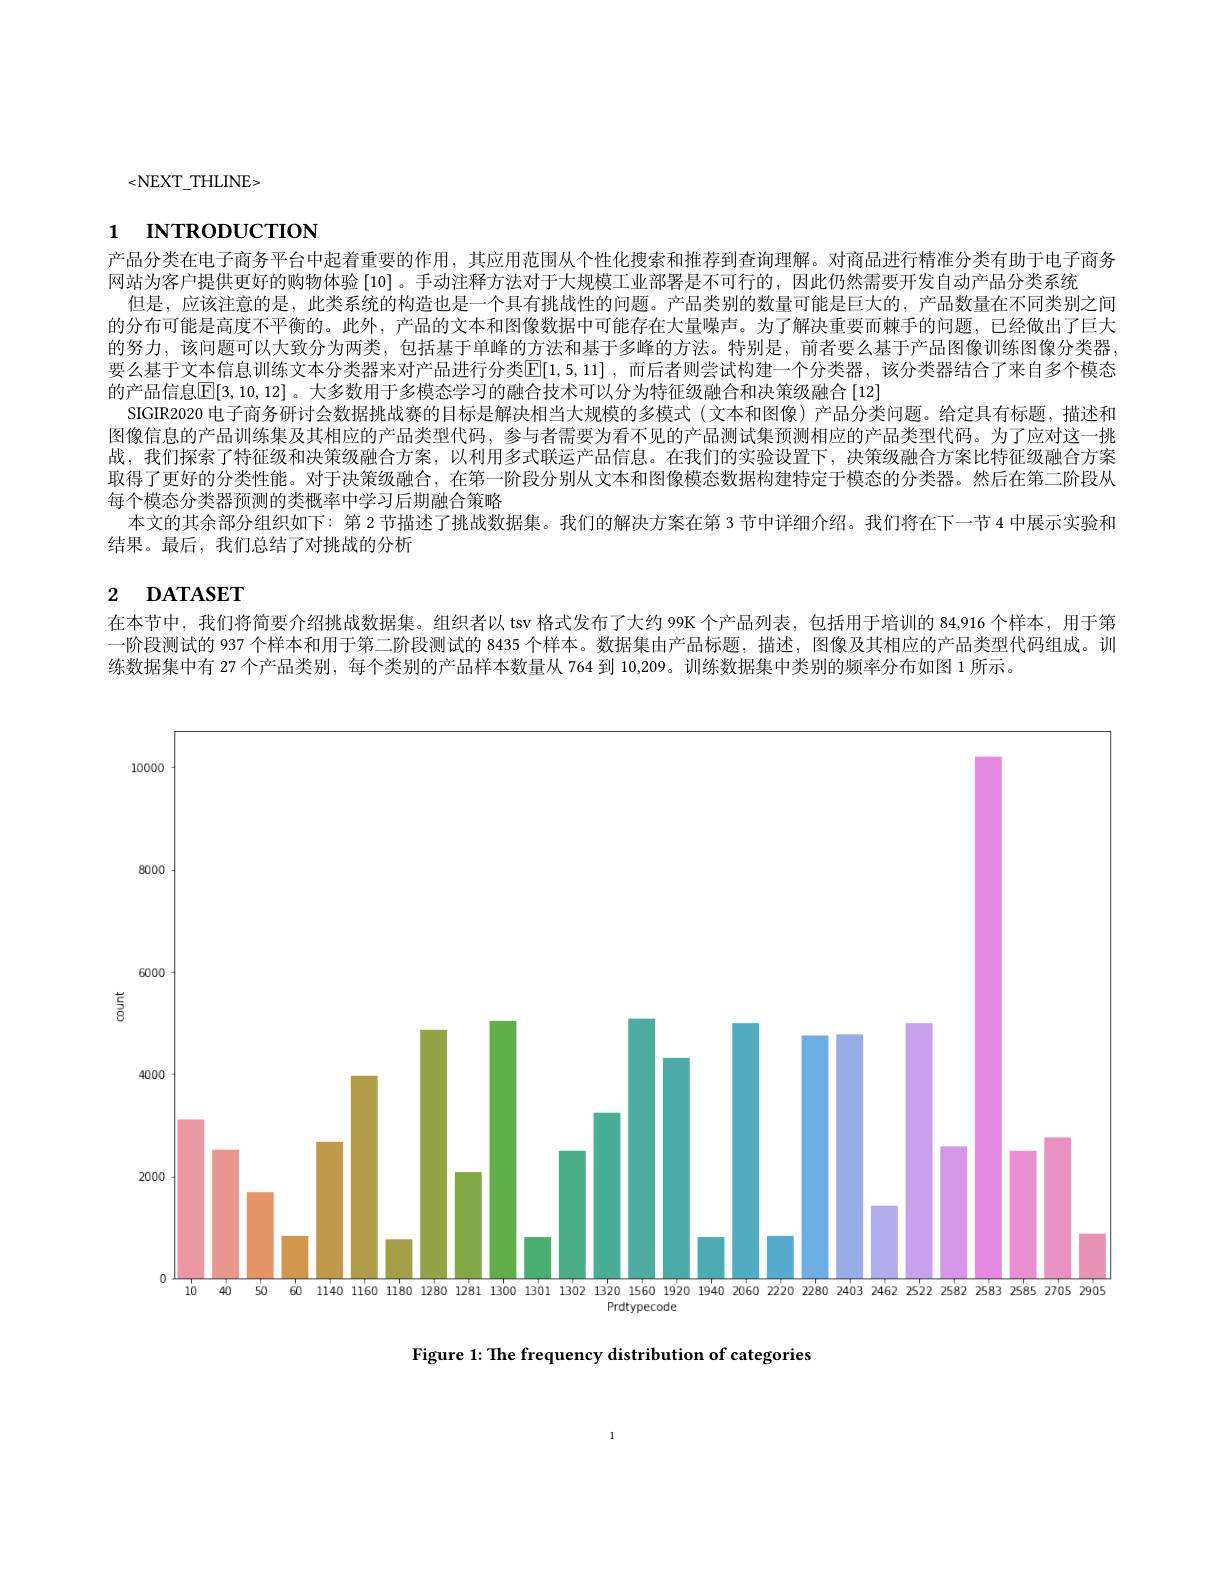
<NEXT\_THLINE>

# 1 INTRODUCTION

产品分类在电子商务平台中起着重要的作用，其应用范围从个性化搜索和推荐到查询理解。对商品进行精准分类有助于电子商务
网站为客户提供更好的购物体验 [10] 。手动注释方法对于大规模工业部署是不可行的，因此仍然需要开发自动产品分类系统
但是，应该注意的是，此类系统的构造也是一个具有挑战性的问题。产品类别的数量可能是巨大的，产品数量在不同类别之间的分布可能是高度不平衡的。此外，产品的文本和图像数据中可能存在大量噪声。为了解决重要而棘手的问题，已经做出了巨大的努力，该问题可以大致分为两类，包括基于单峰的方法和基于多峰的方法。特别是，前者要么基于产品图像训练图像分类器要么基于文本信息训练文本分类器来对产品进行分类$\mathbb{E}[1,5,11]$ ,而后者则尝试构建一个分类器，该分类器结合了来自多个模态的产品信息$\overline{\mathbb{E}}[3,10,12]$。大多数用于多模态学习的融合技术可以分为特征级融合和决策级融合[12]
SIGIR2020 电子商务研讨会数据挑战赛的目标是解决相当大规模的多模式(文本和图像)产品分类问题。给定具有标题，描述和图像信息的产品训练集及其相应的产品类型代码，参与者需要为看不见的产品测试集预测相应的产品类型代码。为了应对这一挑战，我们探索了特征级和决策级融合方案，以利用多式联运产品信息。在我们的实验设置下，决策级融合方案比特征级融合方案取得了更好的分类性能。对于决策级融合，在第一阶段分别从文本和图像模态数据构建特定于模态的分类器。然后在第二阶段从每个模态分类器预测的类概率中学习后期融合策略
本文的其余部分组织如下：第 2 节描述了挑战数据集。我们的解决方案在第 3 节中详细介绍。我们将在下一节 4 中展示实验和
结果。最后，我们总结了对挑战的分析

# 2 DATASET

在本节中，我们将简要介绍挑战数据集。组织者以 tsv 格式发布了大约 99K 个产品列表，包括用于培训的 84,916 个样本，用于第一阶段测试的 937 个样本和用于第二阶段测试的 8435 个样本。数据集由产品标题，描述，图像及其相应的产品类型代码组成。训练数据集中有 27 个产品类别，每个类别的产品样本数量从 764 到 10,209。训练数据集中类别的频率分布如图 1 所示。

100000

8000

6000
<FigureHere>

Figure 1: The frequency distribution of categories